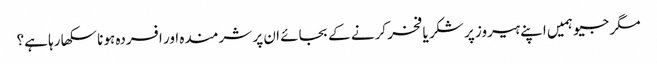
مگر جیو ہمیں اپنے ہیروز پر شکر یا فخر کرنے کے بجائے ان پر شرمندہ اور افسردہ ہونا سکھا رہا ہے؟